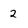
Character: 2